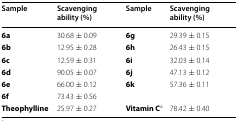
| Sample | Scavenging ability (%) | Sample | Scavenging ability (%) |
 | --- | --- | --- | --- |
 | 6a | 30.68 ± 0.09 | 6g | 29.39 ± 0.15 |
 | 6b | 12.95 ± 0.28 | 6h | 26.43 ± 0.15 |
 | 6c | 12.59 ± 0.31 | 6i | 32.03 ± 0.14 |
 | 6d | 90.05 ± 0.07 | 6j | 47.13 ± 0.12 |
 | 6e | 66.00 ± 0.12 | 6k | 57.36 ± 0.11 |
 | 6f | 73.43 ± 0.56 |  |  |
 | Theophylline | 25.97 ± 0.27 | Vitamin Ca | 78.42 ± 0.40 |